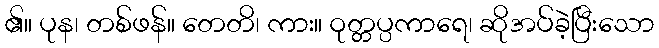
၏။ ပုန၊ တစ်ဖန်။ တေတိ၊ ကား။ ဝုတ္တပ္ပကာရေ၊ ဆိုအပ်ခဲ့ပြီးသော